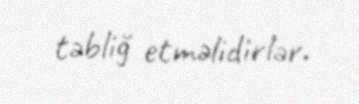
təbliğ etməlidirlər.